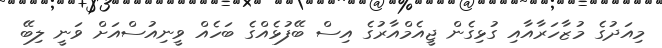
މިއަދުގެ މުޒާހަރާއާއި ގުޅިގެން ޖީއެމްއާރުގެ އިސް ބޭފުޅެއްގެ ބަހެއް ވީނިއުސްއަށް ވަނީ ލިބޭ